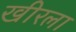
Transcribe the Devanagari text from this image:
खीरला